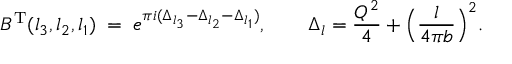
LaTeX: B ^ { \mathrm { T } } ( l _ { 3 } , l _ { 2 } , l _ { 1 } ) \; = \; e ^ { \pi i ( \Delta _ { l _ { 3 } } - \Delta _ { l _ { 2 } } - \Delta _ { l _ { 1 } } ) } , \qquad \Delta _ { l } = \frac { Q ^ { 2 } } { 4 } + \Bigl ( \frac { l } { 4 \pi b } \Bigr ) ^ { 2 } .